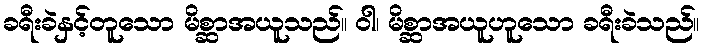
ခရီးခဲနှင့်တူသော မိစ္ဆာအယူသည်။ ဝါ၊ မိစ္ဆာအယူဟူသော ခရီးခဲသည်။